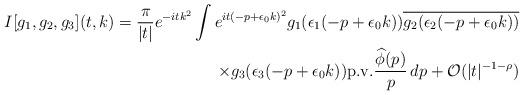
LaTeX: \begin{align*}I[g_1,g_2,g_3](t,k) = \frac{\pi}{|t|} e^{-itk^2} \int e^{it(-p+\epsilon_0 k)^2} g_1(\epsilon_1(-p+\epsilon_0 k))\overline{g_2(\epsilon_2(-p+\epsilon_0 k))}\\ \times g_3(\epsilon_3 (-p+\epsilon_0 k)) \mathrm{p.v.} \frac{\widehat{\phi}(p)}{p} \,dp+ \mathcal{O}(|t|^{-1-\rho})\end{align*}